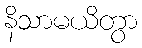
နိသာမယိတွာ